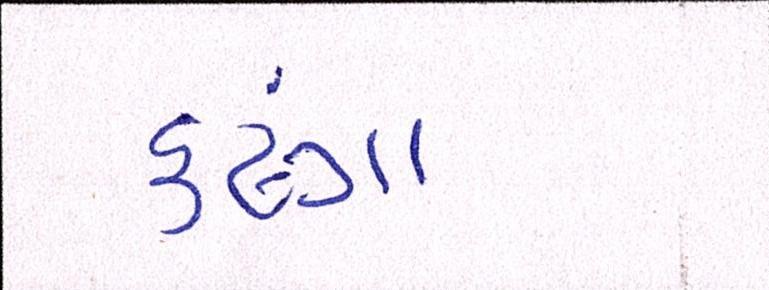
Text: કઢંગા